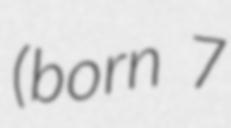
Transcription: (born 7